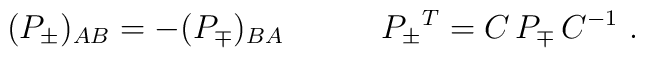
(P_{\pm})_{AB}=-(P_{\mp})_{BA}\qquad\quad P_{\pm}{}^T=C\,P_{\mp}\,C^{-1}\ .